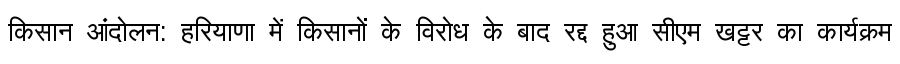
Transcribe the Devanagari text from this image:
किसान आंदोलन: हरियाणा में किसानों के विरोध के बाद रद्द हुआ सीएम खट्टर का कार्यक्रम